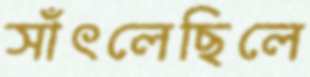
সাঁৎলেছিলে